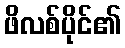
ဖိလစ်ပိုင်၏